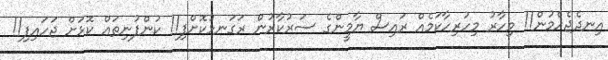
އިނދެޖެހެމުން!! މިހާރު މިހުރިހާކަމެއް ރައިސް ޔާމީންގެ ސަރުކާރުން ރަގަނޅުކޮށްފި!! ކުންފުނިތައް ކޮޅަށް ޖަހައިފި!!